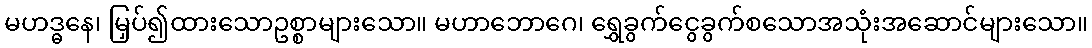
မဟဒ္ဓနေ၊ မြှပ်၍ထားသောဥစ္စာများသော။ မဟာဘောဂေ၊ ရွှေခွက်ငွေခွက်စသောအသုံးအဆောင်များသော။